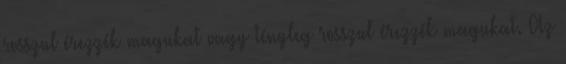
rosszul érezzék magukat vagy tényleg rosszul érezzék magukat. Az